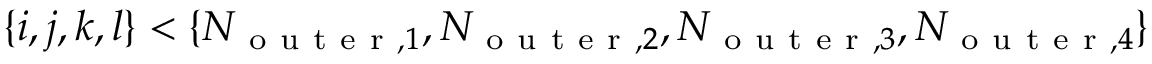
\{ i , j , k , l \} < \{ N _ { \mathrm { ~ o ~ u ~ t ~ e ~ r ~ } , 1 } , N _ { \mathrm { ~ o ~ u ~ t ~ e ~ r ~ } , 2 } , N _ { \mathrm { ~ o ~ u ~ t ~ e ~ r ~ } , 3 } , N _ { \mathrm { ~ o ~ u ~ t ~ e ~ r ~ } , 4 } \}